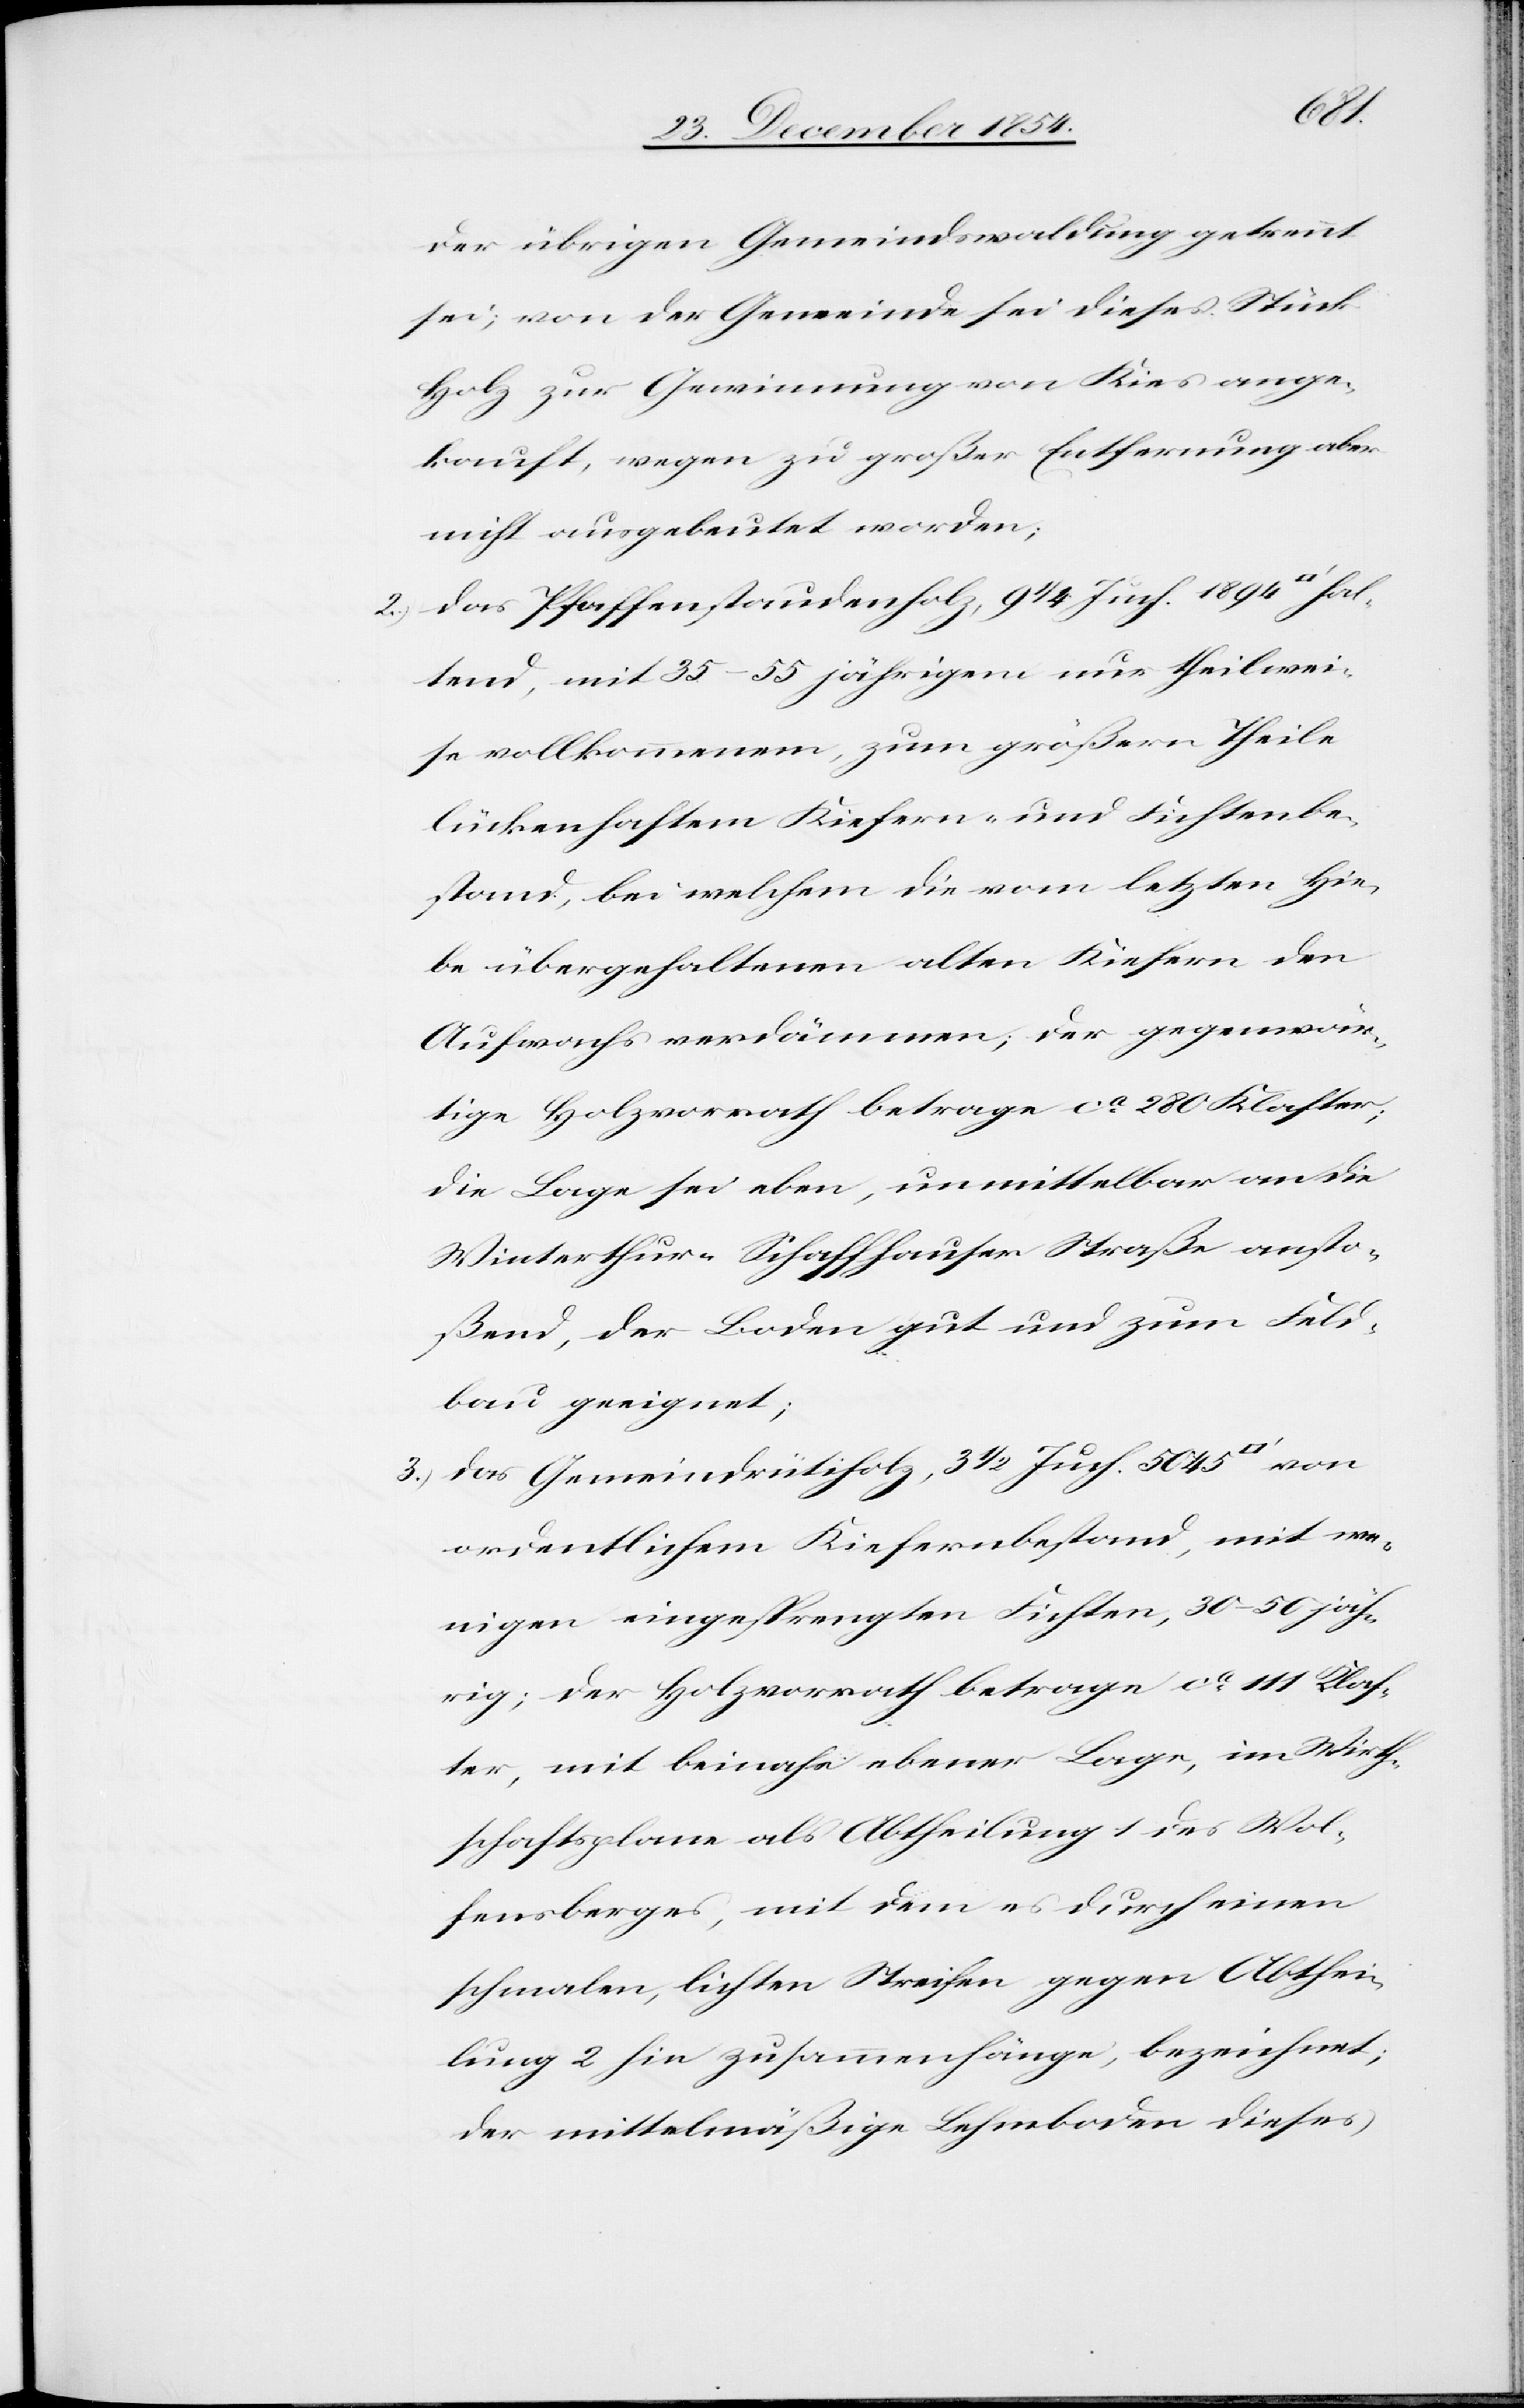
hal¬
der übrigen Gemeindwaldung getrennt
sei; von der Gemeinde sei dieses Stück
Holz zur Gewinnung von Kies ange¬
kauft, wegen zu großer Entfernung aber
nicht ausgebeutet worden;
2.) das Pfaffenstaudenholz, 9 1/4 Juch. 1894 [Quad¬
tend, mit 35–55 jährigem nur theilwei¬
se vollkommenem, zum größern Theile
lückenhaftem Kiefern- und Fichtenbe¬
stand, bei welchem die vom letzten Hie¬
be übergehaltenen alten Kiefern den
Aufwachs verdämmen; der gegenwär¬
tige Holzvorrath betrage ca 280 Klaster;
die Lage sei eben, unmittelbar an die
Winterthur-Schaffhauser Straße ansto¬
ßend, der Boden gut und zum Feld¬
bau geeignet;
3.) das Gemeindrütiholz, 3 1/2 Juch. 5045
ordentlichem Kiefernbestand, mit we¬
nigen eingesprengten Fichten, 30–50 jäh¬
rig; der Holzvorrath betrage ca 111 Klas¬
ter, mit beinahe ebener Lage, im Wirth¬
schaftsplane als Abtheilung 1 des Wol¬
fensberges, mit dem es durch einen
schmalen, lichten Streifen gegen Abthei¬
lung 2 hin zusammenhänge, bezeichnet;
der mittelmäßige Lehmboden dieses